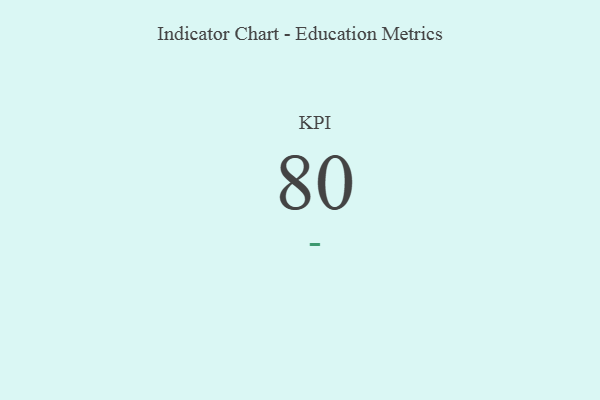
{"axis": {"x": "KPI", "y": "Value"}, "legend": [""], "data": [{"x": "KPI", "y": 80, "type": ""}]}